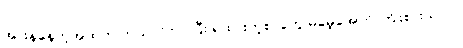
အားနဲနေတဲ့အထဲက ဘယ်လိုလုပ်ပြီး ရထားတဲ့စာတွေ မမေ့အောင် ကြိုးစားသလဲ။